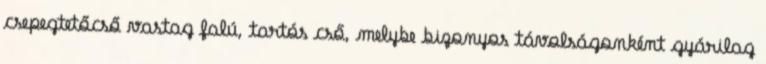
csepegtetőcső vastag falú, tartós cső, melybe bizonyos távolságonként gyárilag